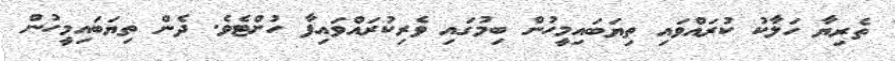
ތެރިޔާ ހަލާކު ކުރައްވައި ތިޔަބައިމީހުން ބިމުގައި ވެރިކުރައްވައިފާ ހުށްޓެވެ. ދެން ތިޔަބައިމީހުން